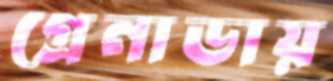
গ্রেনাডায়